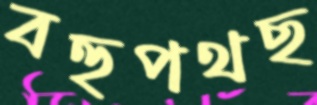
বহুপথছ